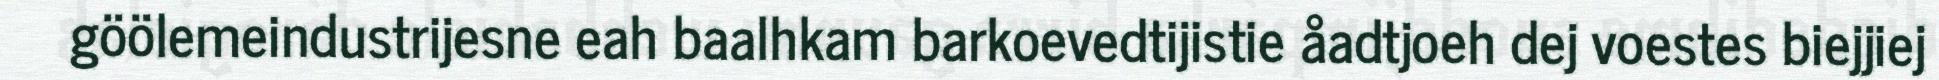
göölemeindustrijesne eah baalhkam barkoevedtijistie åadtjoeh dej voestes biejjiej